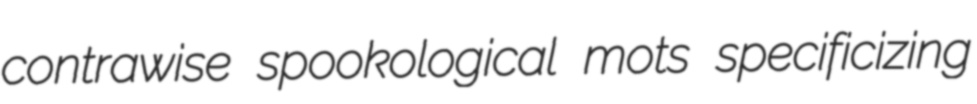
contrawise spookological mots specificizing